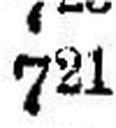
721